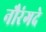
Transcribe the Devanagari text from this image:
नौरंगदे